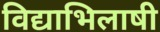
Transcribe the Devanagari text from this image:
विद्याभिलाषी